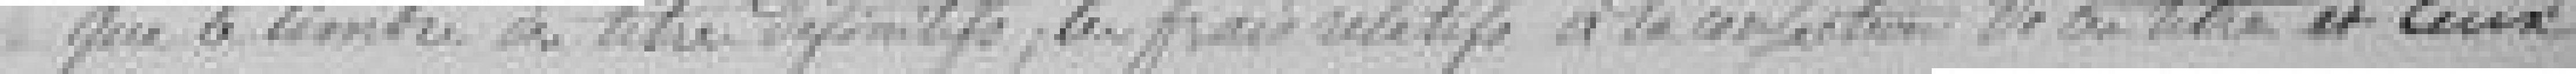
que le timbre des titres définitifs, des frais relatifs à la confection de ces titres et ceux